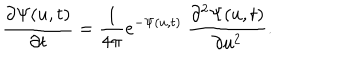
\frac { \partial \Psi ( u , t ) } { \partial t } = \frac { 1 } { 4 \pi } e ^ { - \Psi ( u , t ) } \ \frac { \partial ^ { 2 } \Psi ( u , t ) } { \partial u ^ { 2 } } .